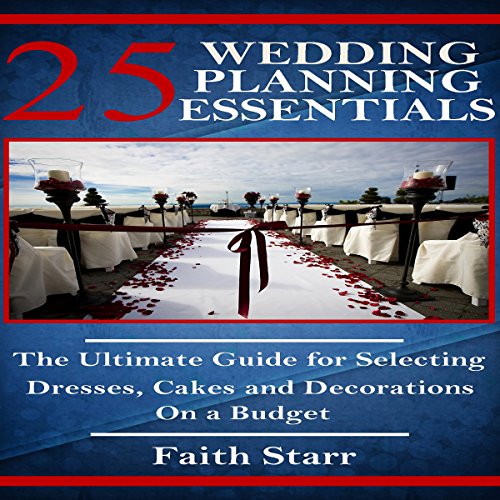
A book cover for Wedding Planning - 25 Essentials: The Ultimate Guide for Selecting Dresses, Cakes and Decorations on a Budget; Faith Starr; Crafts, Hobbies & Home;